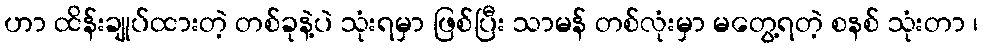
ဟာ ထိန်းချုပ်ထားတဲ့ တစ်ခုနဲ့ပဲ သုံးရမှာ ဖြစ်ပြီး သာမန် တစ်လုံးမှာ မတွေ့ရတဲ့ စနစ် သုံးတာ ၊